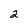
Character: 2